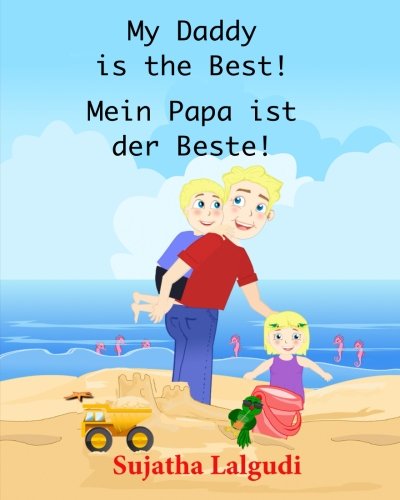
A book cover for German children's book: My Daddy is the Best. Mein Papa ist der Beste: German books for children.(Bilingual Edition) English German children's picture ... for children:) (Volume 7) (German Edition); Sujatha Lalgudi; Children's Books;